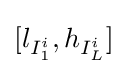
[l_{I_{1}^{i}},h_{I_{L}^{i}}]